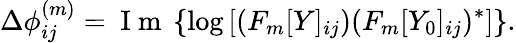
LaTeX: \Delta\phi_{ij}^{(m)}=\mathrm{~I~m~}\left\{ \log\left[(F_{m}[Y]_{ij})(F_{m}[Y_{0}]_{ij})^{*}\right]\right\} .